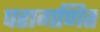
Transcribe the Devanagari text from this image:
परागणित